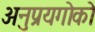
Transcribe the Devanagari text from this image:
अनुप्रयगोको